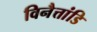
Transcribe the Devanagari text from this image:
विनैत्तांडि